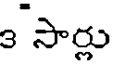
3 సార్లు